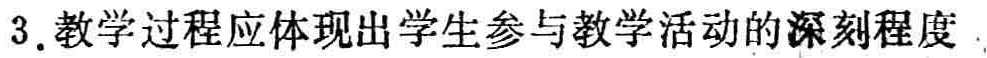
3. 教学过程应体现出学生参与教学活动的深刻程度